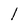
Character: 1